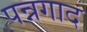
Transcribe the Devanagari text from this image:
पन्नगाद